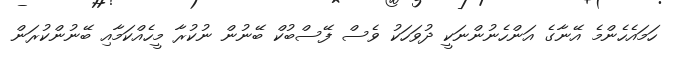
ހަމައެހެންމެ އޭނާގެ އަންހެނުންނަކީ ދުވަހަކު ވެސް ފޭސްބުކް ބޭނުން ނުކުރާ މީހެއްކަމާއި ބޭނުންކުރަން